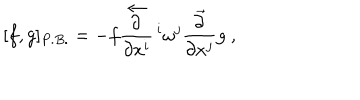
LaTeX: [ f , g ] _ { P . B . } = - f \displaystyle \frac { \stackrel { \leftarrow } { \partial } } { \partial x ^ { i } } \, ^ { i } \omega ^ { j } \displaystyle \frac { \stackrel { \rightarrow } { \partial } } { \partial x ^ { j } } g ~ ,